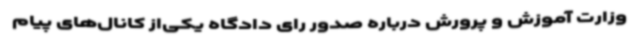
وزارت آموزش و پرورش درباره صدور رای دادگاه یکی‌از کانال‌های پیام‌